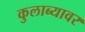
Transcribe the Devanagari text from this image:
कुलाब्यावर